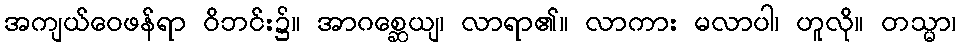
အကျယ်ဝေဖန်ရာ ဝိဘင်း၌။ အာဂစ္ဆေယျ၊ လာရာ၏။ လာကား မလာပါ၊ ဟူလို။ တသ္မာ၊